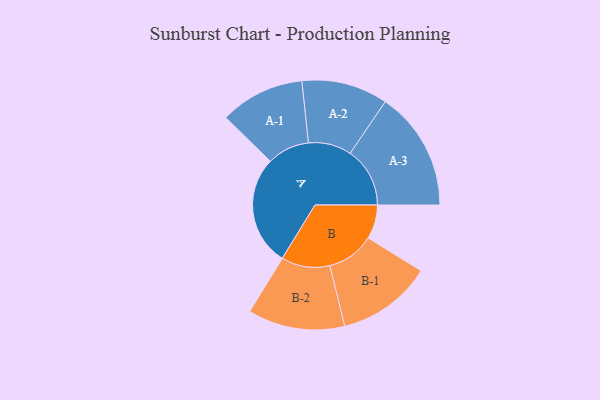
{"axis": {"x": "Segment", "y": "Value"}, "legend": ["", "A", "B"], "data": [{"x": "A", "y": 424, "type": ""}, {"x": "B", "y": 131, "type": ""}, {"x": "A-1", "y": 163, "type": "A"}, {"x": "A-2", "y": 166, "type": "A"}, {"x": "A-3", "y": 230, "type": "A"}, {"x": "B-1", "y": 183, "type": "B"}, {"x": "B-2", "y": 187, "type": "B"}]}